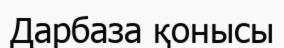
Дарбаза қонысы